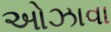
ઓઝાવા